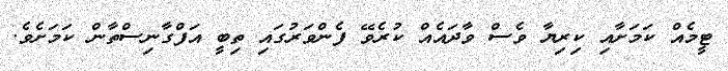
ޓީމެއް ކަމަށާއި ކިރިޔާ ވެސް ވާދައެއް ކުރެވޭ ފެންވަރުގައި ތިބީ އަފްގާނިސްތާން ކަމަށެވެ.